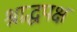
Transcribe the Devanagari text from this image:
श्राद्धपक्ष